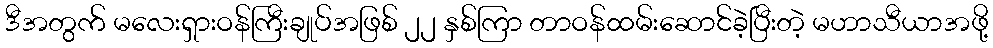
ဒီအတွက် မလေးရှားဝန်ကြီးချုပ်အဖြစ် ၂၂ နှစ်ကြာ တာဝန်ထမ်းဆောင်ခဲ့ပြီးတဲ့ မဟာသီယာအဖို့